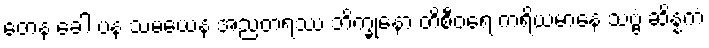
တေန ခေါ ပန သမယေန အညတရဿ ဘိက္ခုနော တိစီဝရေ ကရိယမာနေ သဗ္ဗံ ဆိန္နကံ